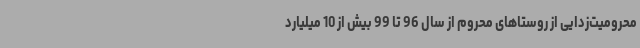
محرومیت‌زدایی از روستاهای محروم از سال 96 تا 99 بیش از 10 میلیارد